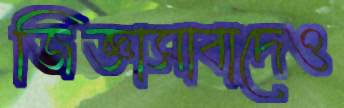
জিজ্ঞাসাবাদেও